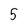
Character: 5